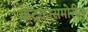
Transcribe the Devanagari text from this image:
केंद्रकासमोरील